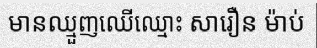
មានឈ្មួញឈើឈ្មោះ សារឿន ម៉ាប់